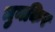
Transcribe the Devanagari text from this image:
मुनकिर